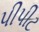
પીપીટ